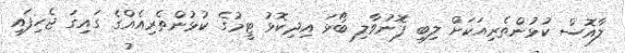
ލާއޮސް ކުޅުންތެރިއަކަށް ލިބި ފޮނުވާލި ބޯޅަ އިދިކޮޅު ޓީމުގެ ކުޅުންތެރިއެއްގެ ގައިގަ ޖެހިފައި